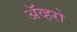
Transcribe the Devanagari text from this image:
ॲव्हरो